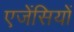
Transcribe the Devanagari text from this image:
एजेंसियों